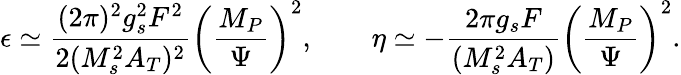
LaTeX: \epsilon\simeq\frac{(2\pi)^{2}g_{s}^{2}F^{2}}{2(M_{s}^{2}A_{T})^{2}}\left(\frac{M_{P}}{\Psi}\right)^{2},\qquad\eta\simeq-\frac{2\pi g_{s}F}{(M_{s}^{2}A_{T})}\left(\frac{M_{P}}{\Psi}\right)^{2}.